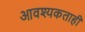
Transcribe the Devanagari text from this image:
आवश्यकताही